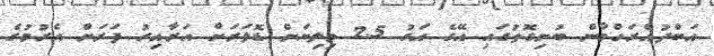
އަބްދުއްރަހްމާން ބުނިގޮތުގައި އޭގެ އަގު 2.5 މިލިޔަން ޑޮލަރަށް އަރާއިރު ފަރަށް އެރުމުގެ